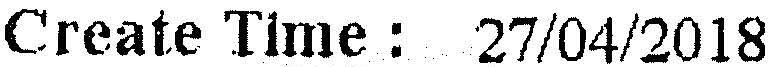
CREATE TIME : 27/04/2018